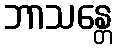
ဘာသန္တေ